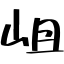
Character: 岨